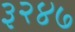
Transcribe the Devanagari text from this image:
३२४७